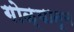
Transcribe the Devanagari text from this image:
गोळ्यातून